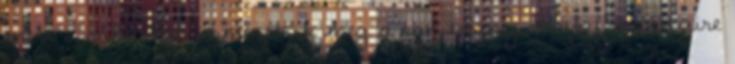
mert a viharban ismerszik meg a tanítvány. Hogy mennyire